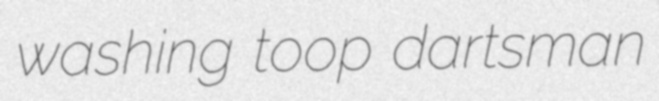
washing toop dartsman